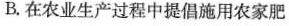
B.在农业生产过程中提倡施用农家肥